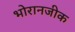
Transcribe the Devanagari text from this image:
भोरानजीक